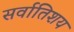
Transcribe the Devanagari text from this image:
सर्वातिशय